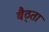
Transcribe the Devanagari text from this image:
बैठ्ता